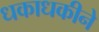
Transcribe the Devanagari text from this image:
धकाधकीने